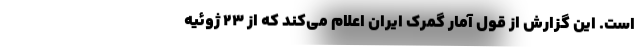
است. این گزارش از قول آمار گمرک ایران اعلام می‌کند که از 23 ژوئیه